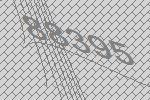
88395